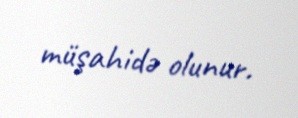
müşahidə olunur.